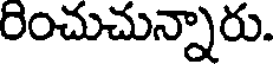
రించుచున్నారు.